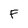
Character: F